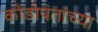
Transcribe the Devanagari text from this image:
कोंडोपंतांच्या